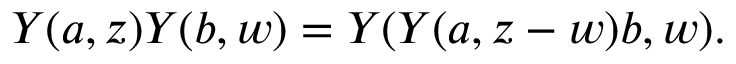
Y ( a , z ) Y ( b , w ) = Y ( Y ( a , z - w ) b , w ) .